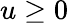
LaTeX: u\geq 0